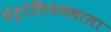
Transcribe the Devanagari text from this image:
पेट्रोलियमवाला